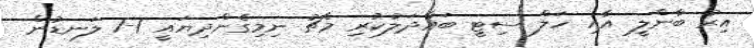
އިރު ބާންލީ އާއި ހަލް ސިޓީ ބައްދަލުކުރި މެޗު ނިމިގެންދިޔައީ 1-1 ލަނޑުން